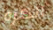
الكره